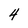
Character: 4